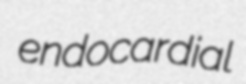
endocardial